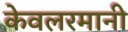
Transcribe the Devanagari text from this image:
केवलरमानी